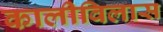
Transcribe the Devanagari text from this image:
कालीविलास